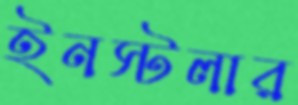
ইনস্টলার